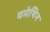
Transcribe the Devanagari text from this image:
यमेथिन